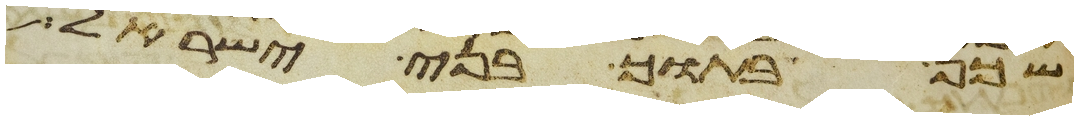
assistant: שכן בתוך בני ישראל